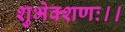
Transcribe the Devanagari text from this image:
शुभेक्शणः।।